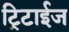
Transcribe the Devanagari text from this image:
ट्रिटाईज